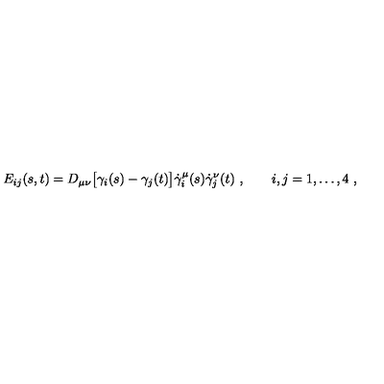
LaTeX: E _ { i j } ( s , t ) = D _ { \mu \nu } \bigl [ \gamma _ { i } ( s ) - \gamma _ { j } ( t ) \bigr ] \dot { \gamma } _ { i } ^ { \mu } ( s ) \dot { \gamma } _ { j } ^ { \nu } ( t ) \ , \qquad i , j = 1 , \dots , 4 \ ,